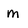
Character: m